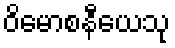
ဝိမောစနီယေသု